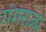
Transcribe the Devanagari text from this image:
गंगराज्य